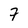
Character: 7